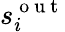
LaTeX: s_{i}^{\mathrm{~o~u~t~}}